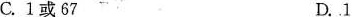
C.1或67 D. 1